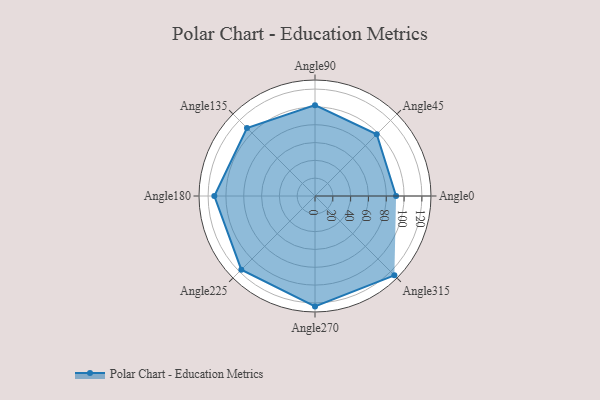
{"axis": {"x": "Angle", "y": "Radius"}, "legend": [""], "data": [{"x": "Angle0", "y": 91.0, "type": ""}, {"x": "Angle45", "y": 98.0, "type": ""}, {"x": "Angle90", "y": 102.0, "type": ""}, {"x": "Angle135", "y": 108.0, "type": ""}, {"x": "Angle180", "y": 113.0, "type": ""}, {"x": "Angle225", "y": 117.0, "type": ""}, {"x": "Angle270", "y": 124.0, "type": ""}, {"x": "Angle315", "y": 126.0, "type": ""}]}